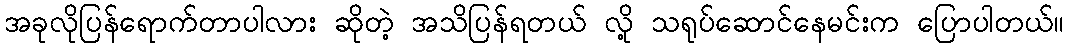
အခုလိုပြန်ရောက်တာပါလား ဆိုတဲ့ အသိပြန်ရတယ် လို့ သရုပ်ဆောင်နေမင်းက ပြောပါတယ်။